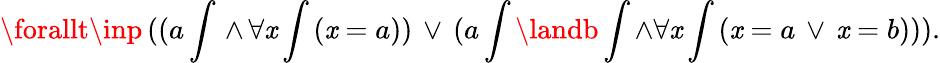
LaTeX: \forallt\inp\, ((a\int\, \land\, \forall\mathit{x}\int\, (\mathit{x}=a))\, \lor\, (a\int\landb\int\land\forall\mathit{x}\int\, (\mathit{x}=a\, \lor\, \mathit{x}=b))).